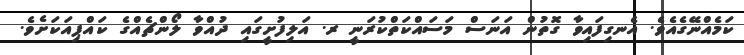
ކަމެއްނޭގެއެވެ. އެނގިފައިވާ ގޮތުން އަނަސް މަސައްކަތްކުރަނީ ރ. އަލިފުށީގައި ދުއްވާ ލޯންޗެއްގެ ކައްޕިއަކަށެވެ.